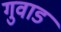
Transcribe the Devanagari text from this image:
गुवाड